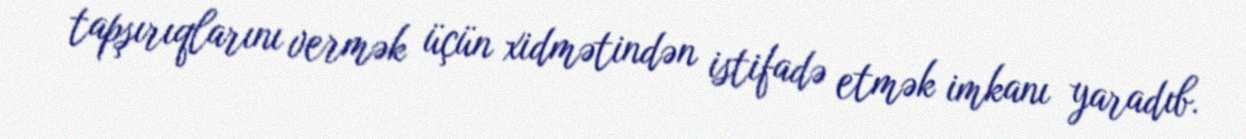
tapşırıqlarını vermək üçün xidmətindən istifadə etmək imkanı yaradıb.